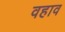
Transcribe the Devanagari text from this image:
वहाव